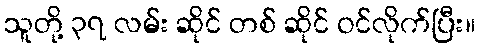
သူတို့ ၃၇ လမ်း ဆိုင် တစ် ဆိုင် ဝင်လိုက်ပြီး။